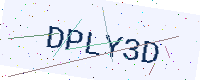
Text: DPLY3D